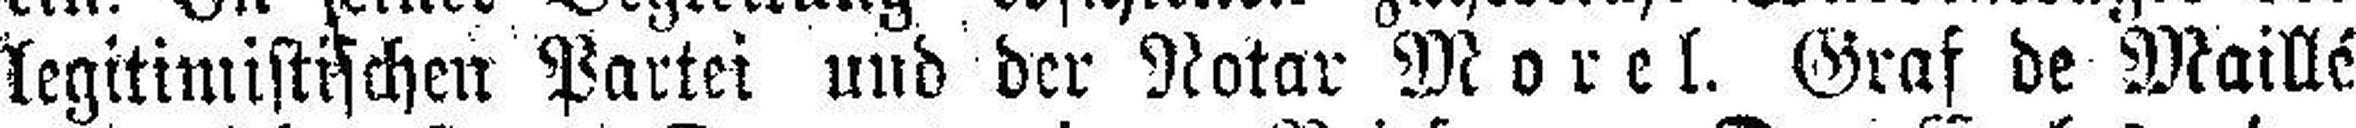
legitimistischen Partei und der Notar Morel. Graf de Maillé